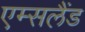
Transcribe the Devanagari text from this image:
एम्सलैंड